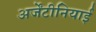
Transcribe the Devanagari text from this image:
अर्जेंटीनियाई